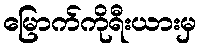
မြောက်ကိုရီးယားမှ